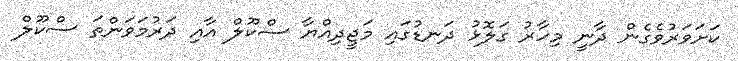
ކަށަވަރުވެގެން ދާނީ މިހާރު ގަލޮޅު ދަނޑުގައި މަޖީދިއްޔާ ސްކޫލް އާއި ދަރުމަވަންތަ ސްކޫލް